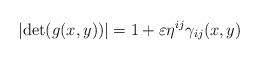
LaTeX: \begin{align*}\left\vert \det (g(x,y))\right\vert =1+\varepsilon \eta ^{ij}\gamma_{ij}(x,y) \end{align*}